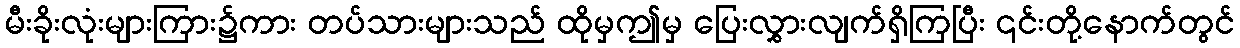
မီးခိုးလုံးများကြား၌ကား တပ်သားများသည် ထိုမှဤမှ ပြေးလွှားလျက်ရှိကြပြီး ၎င်းတို့နောက်တွင်